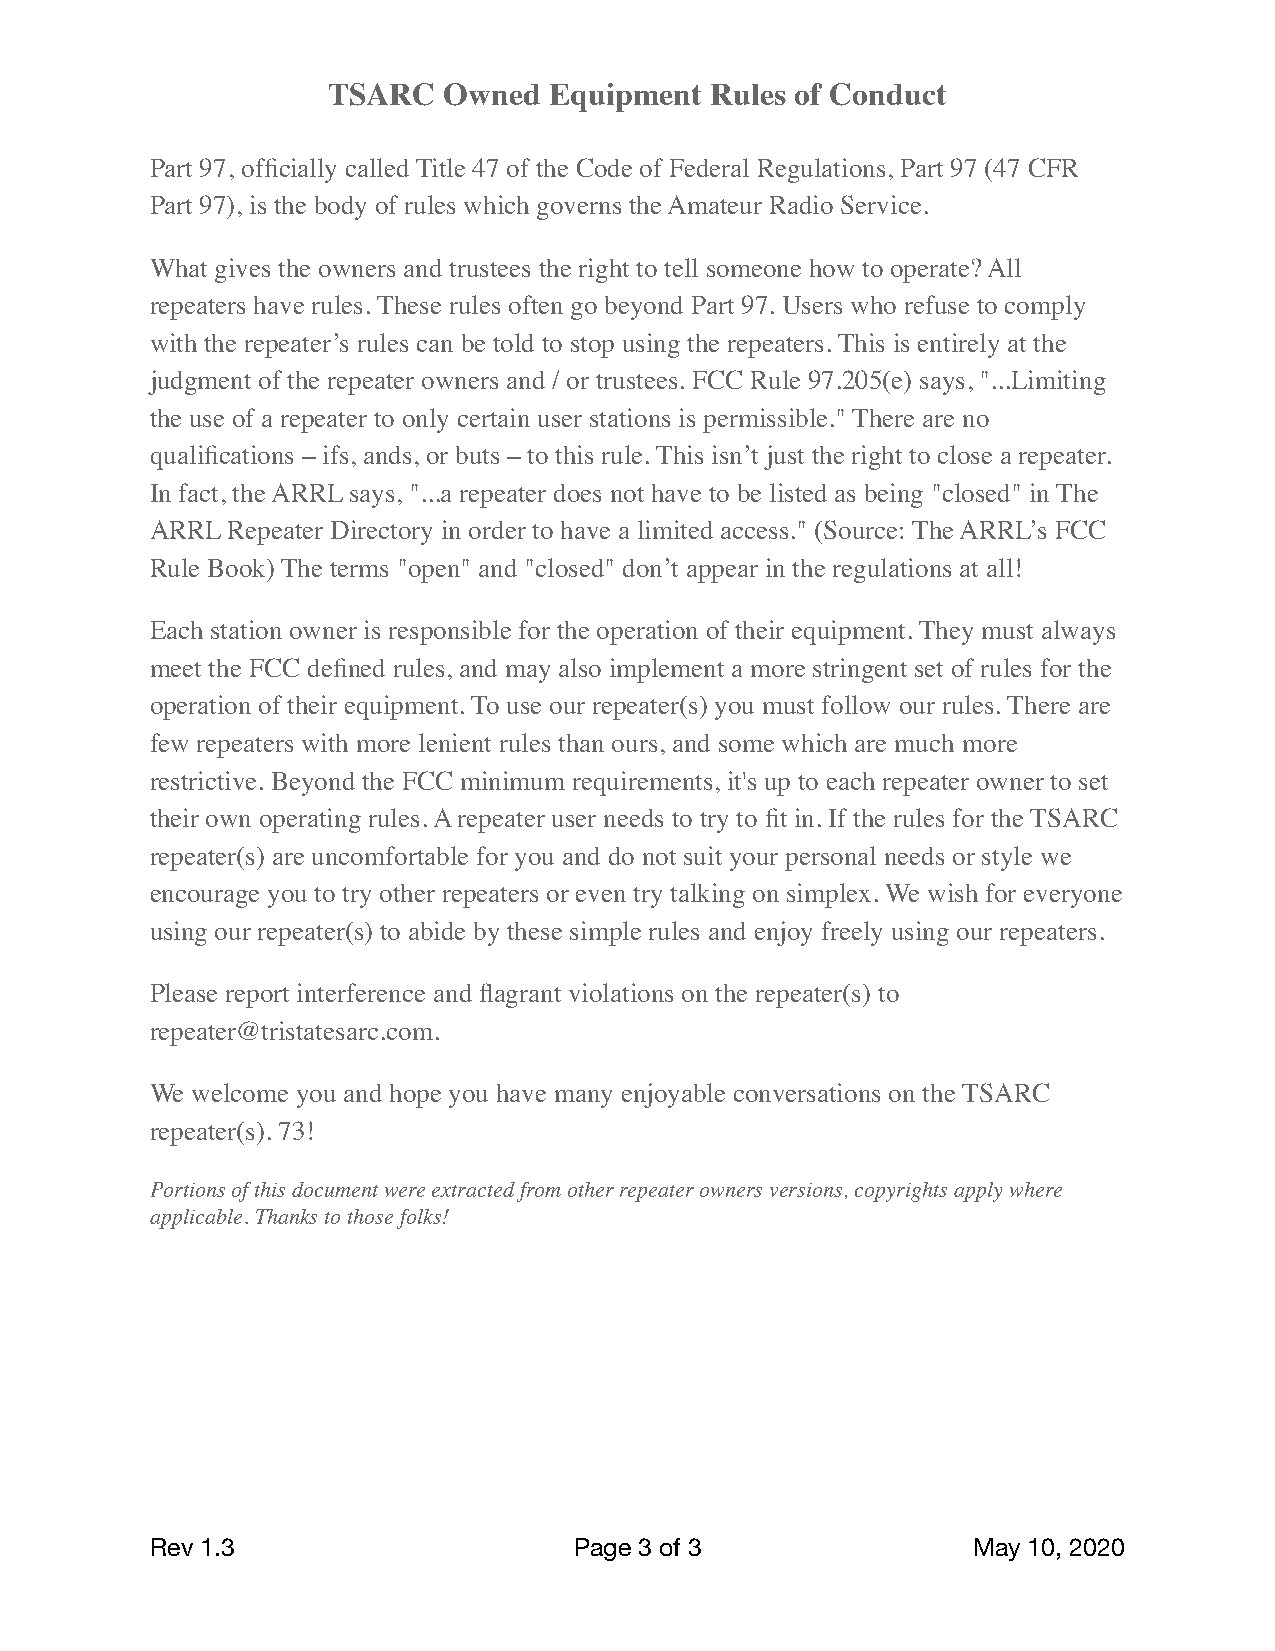
TSARC  Owned  Equipment  Rules of Conduct
 Part 97, officially called Title 47 of the Code of Federal Regulations, Part 97 (47 CFR
 Part 97), is the body of rules which governs the Amateur Radio Service.
 What gives the owners and trustees the right to tell someone how to operate? All
 repeaters have rules. These rules often go beyond Part 97. Users who refuse to comply
 with the repeater’s rules can be told to stop using the repeaters. This is entirely at the
 judgment of the repeater owners and / or trustees. FCC Rule 97.205(e) says, "...Limiting
 the use of a repeater to only certain user stations is permissible." There are no
 qualifications – ifs, ands, or buts – to this rule. This isn’t just the right to close a repeater.
 In fact, the ARRL says, "...a repeater does not have to be listed as being "closed" in The
 ARRL Repeater Directory in order to have a limited access." (Source: The ARRL’s FCC
 Rule Book) The terms "open" and "closed" don’t appear in the regulations at all!
 Each station owner is responsible for the operation of their equipment. They must always
 meet the FCC defined rules, and may also implement a more stringent set of rules for the
 operation of their equipment. To use our repeater(s) you must follow our rules. There are
 few repeaters with more lenient rules than ours, and some which are much more
 restrictive. Beyond the FCC minimum requirements, it's up to each repeater owner to set
 their own operating rules. A repeater user needs to try to fit in. If the rules for the TSARC
 repeater(s) are uncomfortable for you and do not suit your personal needs or style we
 encourage you to try other repeaters or even try talking on simplex. We wish for everyone
 using our repeater(s) to abide by these simple rules and enjoy freely using our repeaters.
 Please report interference and flagrant violations on the repeater(s) to
 repeater@tristatesarc.com.
 We welcome you and hope you have many enjoyable conversations on the TSARC
 repeater(s). 73!
 Portions of this document were extracted from other repeater owners versions, copyrights apply where
 applicable. Thanks to those folks!
 Rev 1.3                     Page 3 of 3               May 10, 2020